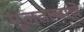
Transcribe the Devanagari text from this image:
मूलतत्वाचे